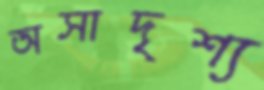
অসাদৃশ্য